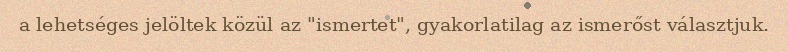
a lehetséges jelöltek közül az "ismertet", gyakorlatilag az ismerőst választjuk.